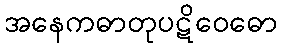
အနေကဓာတုပဋိဝေဓော